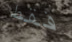
فقط